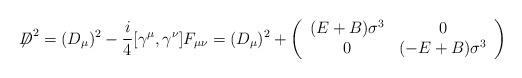
LaTeX: \begin{align*}{\not\!\! D}^{2} = (D_\mu)^2 -\frac{i}{4} [\gamma^\mu,\gamma^\nu]F_{\mu \nu} = (D_\mu)^2 + \left( \begin{array}{cc} (E + B)\sigma^3 & 0\\0 & (-E + B)\sigma^3 \end{array} \right)\end{align*}